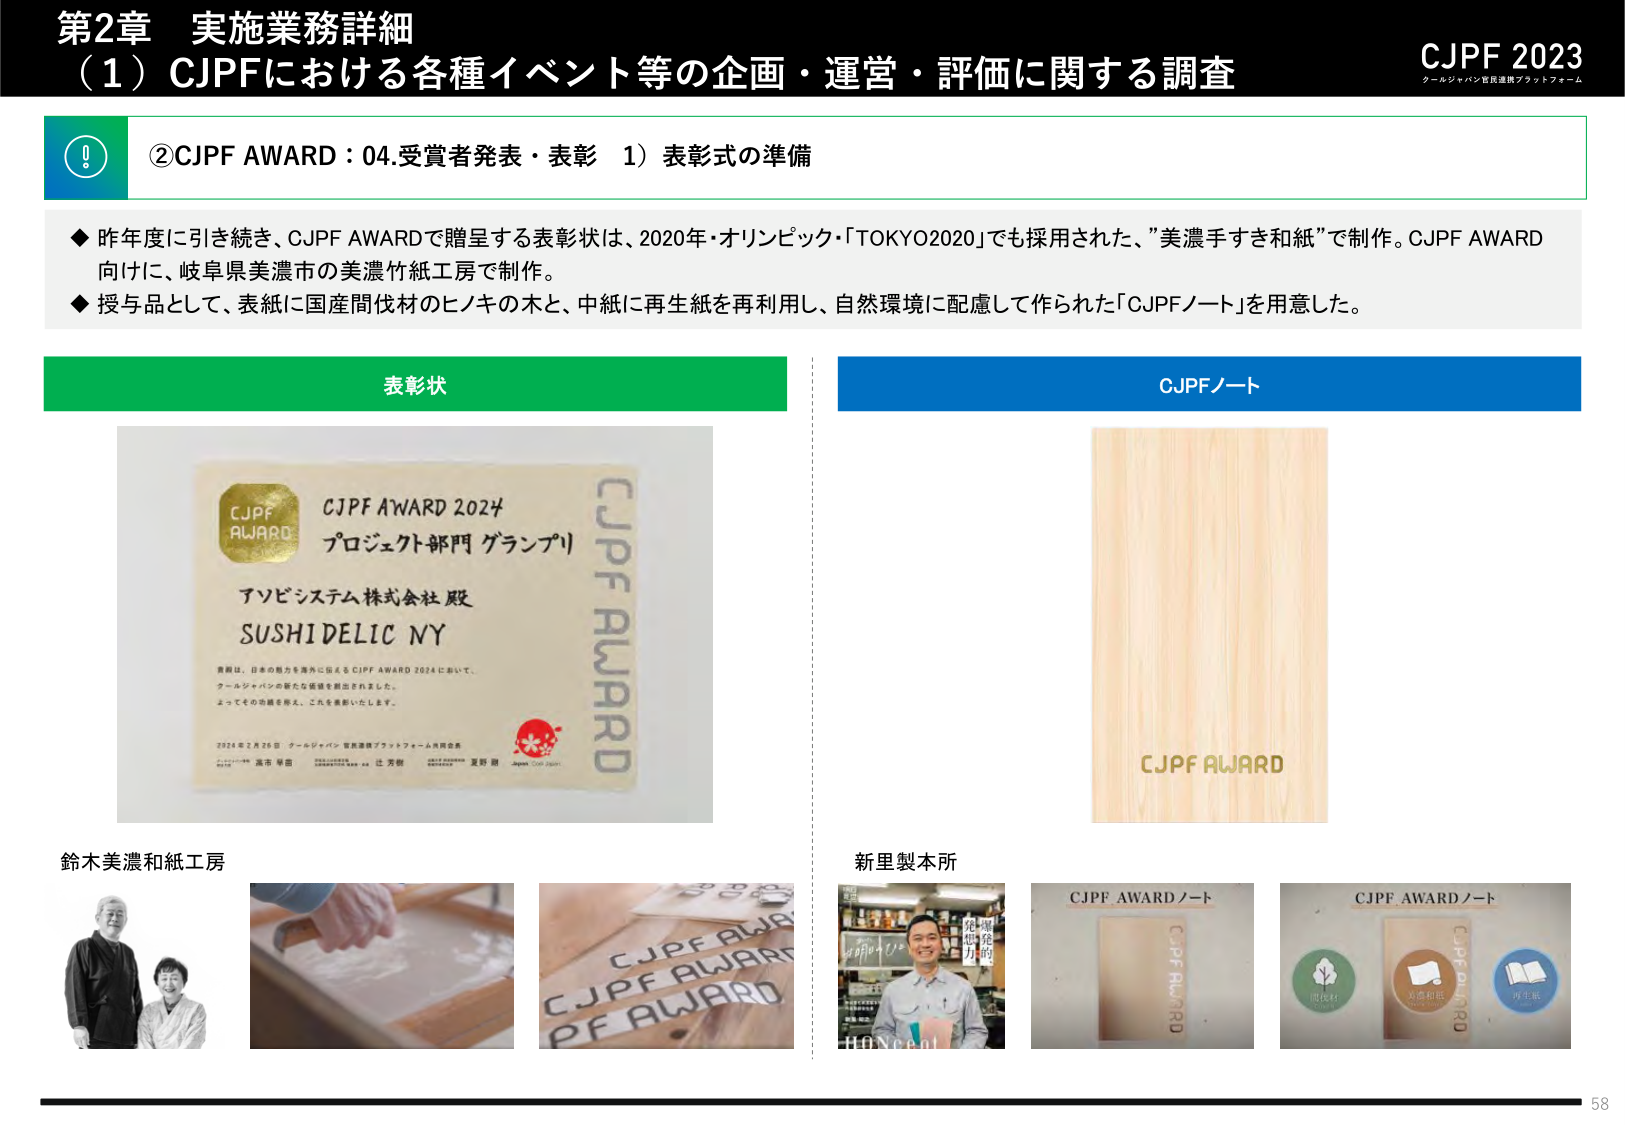
第2章 実施業務詳細
（1）CJPFにおける各種イベント等の企画・運営・評価に関する調査

CJPF 2023
クールジャパン官民連携プラットフォーム

②CJPF AWARD：04.受賞者発表・表彰 1）表彰式の準備

◆ 昨年度に引き続き、CJPF AWARDで贈呈する表彰状は、2020年・オリンピック「TOKYO2020」でも採用された、”美濃手すき和紙”で制作。CJPF AWARD向けに、岐阜県美濃市の美濃竹紙工房で制作。
◆ 授与品として、表紙に国産間伐材のヒノキの木と、中紙に再生紙を再利用し、自然環境に配慮して作られた「CJPFノート」を用意した。

表彰状
CJPF AWARD 2024
プロジェクト部門 グランプリ
アソビシステム株式会社 殿
SUSHIDELIC NY
貴殿は、日本の魅力を海外に伝える CJPF AWARD 2024 において、
クールジャパンの新たな価値を創出されました。
よってその功績を称え、これを表彰いたします。
2024年2月26日 クールジャパン 官民連携プラットフォーム共同会長
渋市 章吉  辻 芳樹  夏野 剛
Japan Cool Japan

鈴木美濃和紙工房

CJPFノート
CJPF AWARD

新里製本所
CJPF AWARDノート
CJPF AWARDノート
国産材
美濃和紙
再生紙

58